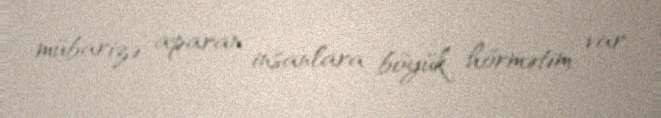
mübarizə aparan insanlara böyük hörmətim var.